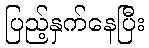
ပြည့်နှက်နေပြီး